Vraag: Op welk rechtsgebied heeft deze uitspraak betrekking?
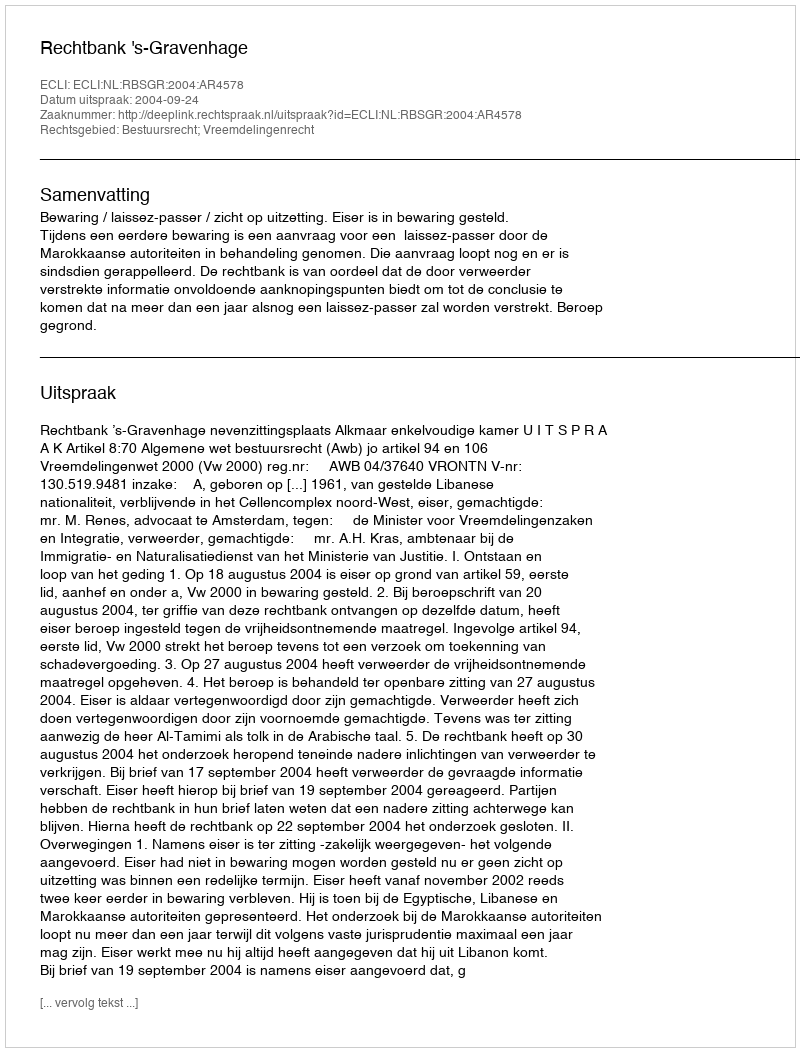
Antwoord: Bestuursrecht; Vreemdelingenrecht